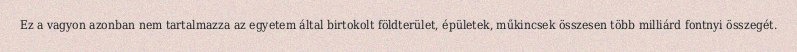
Ez a vagyon azonban nem tartalmazza az egyetem által birtokolt földterület, épületek, műkincsek összesen több milliárd fontnyi összegét.